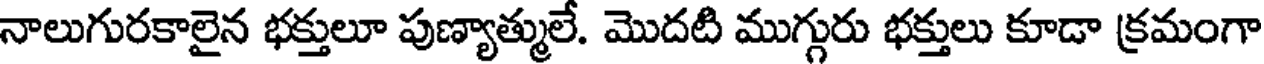
నాలుగురకాలైన భక్తులూ పుణ్యాత్ములే. మొదటి ముగ్గురు భక్తులు కూడా క్రమంగా